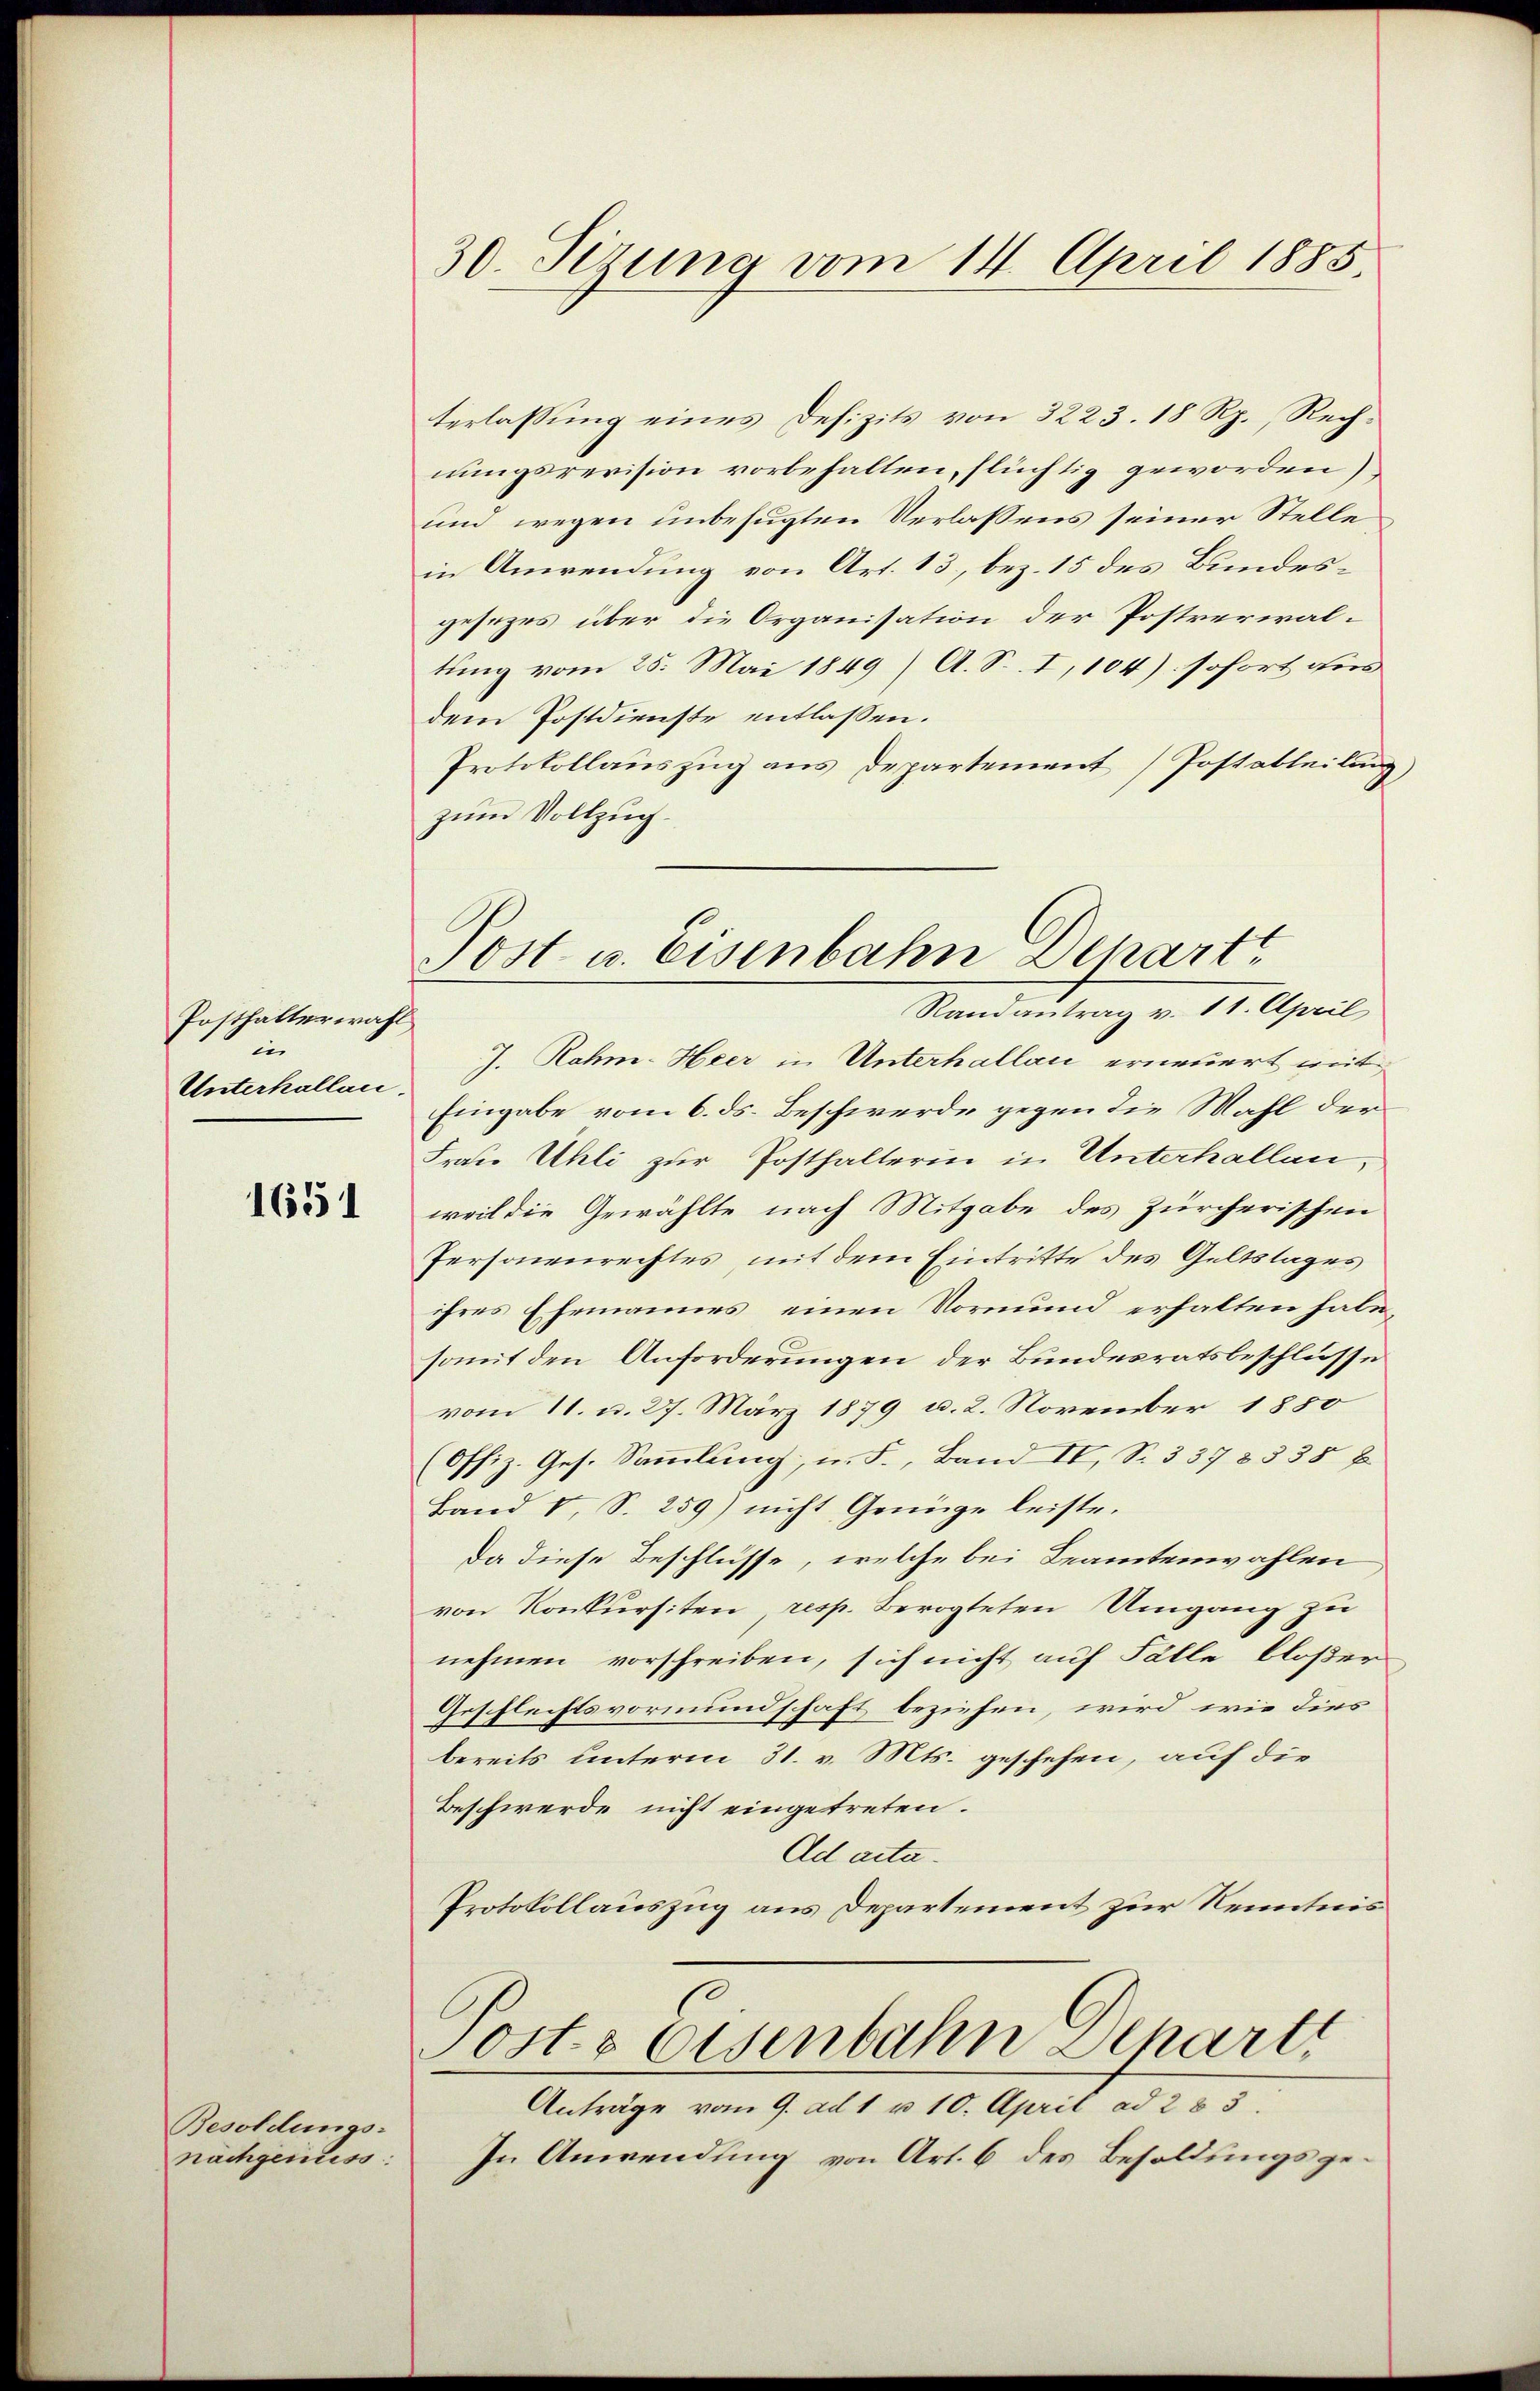
Posthalterwahl
i
Unterhallai

1651

Besoldungs-
nachgeniess

30. Sizung vom 14. April 1885.

terlassung eines Defizits von 3223. 18 Rp., Rechnungsrevision vorbehalten, flüchtig geworden)
und wegen unbefugten Verlassens seiner Stelle
in Anwendung von Art. 13, bez. 15 des Bundesgesezes über die Organisation der Postverwaltung vom 25. Mai 1849 / A. S. I, 104). sofort dies
dem Postdienste entlassen.
Protokollauszug aus Departement Postatteilung,
zum Vollzug.
J. Rahm-Heer in Unterhallau erneuert mit
Eingabe vom 6. ds. Beschwerde gegen die Mahl der
Frau Uhli zur Posthalterin in Unterhallen,
weil die Gewählte nach Mitgabe des Zürcherischen
Personenrechtes, mit dem Eintritte des Geltstages
ihres Ehemannes, einen Vormund erhalten habe,
somit den Anforderungen der Bundesratsbeschlusse
vom 11. d. 27. März 1879 u. 2. November 1850
(Offiz. Ges. Sammlung, u. F., Band II, Nr. 337 § 335 f
Band I, S. 259) nicht Genüge leiste.
Da diese Beschlüsse, welche bei Beamtenwahlen
von Konkursiten, resp. Bevogteten Umgang zu
nehmen vorschreiben, sich nicht auf Fälle bloßer
Geschlechtsvormundschaft beziehen, wird, wie dies
bereits unterm 31. v. Mts. geschehen, auf die
Beschwerde nicht eingetreten.
Ad acta.
Protokollauszug aus Departement zur Kenntnis
Posts Eisenbahn Separti
Anträge vom 9. ad 1. u 10. April ad 283.
In Anwendung von Art. 6 des Besoldungsge¬

Post u. Eisenbahn Departi
Randantrag v. 11. April